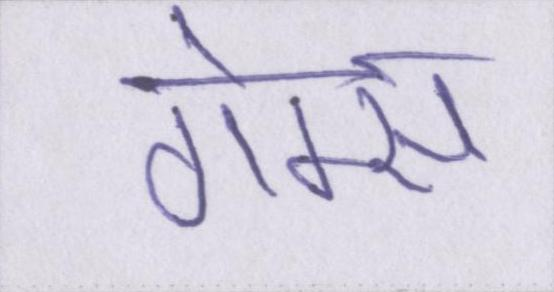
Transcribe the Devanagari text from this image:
गेम्स